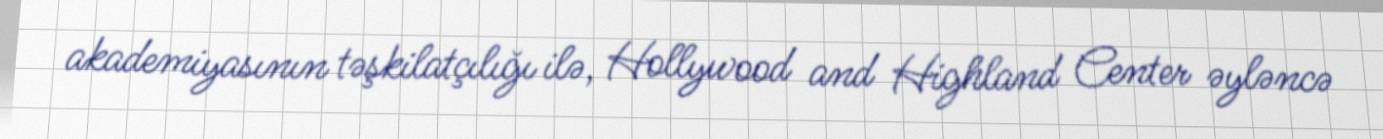
akademiyasının təşkilatçılığı ilə, Hollywood and Highland Center əyləncə